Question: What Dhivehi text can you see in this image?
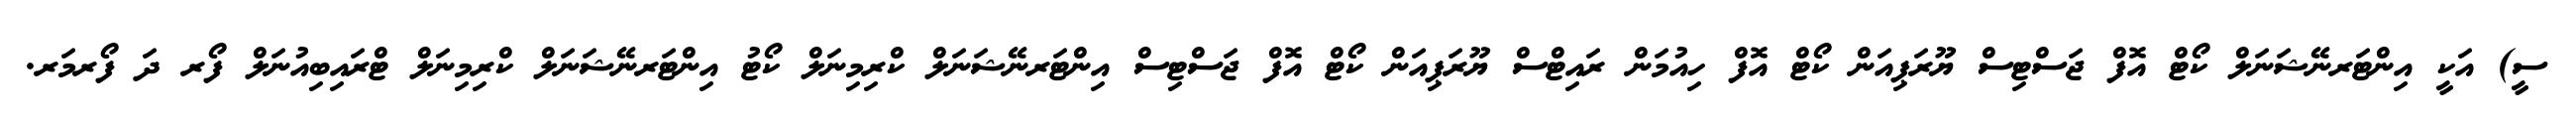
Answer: ސީ) އަކީ އިންޓަރނޭޝަނަލް ކޯޓް އޮފް ޖަސްޓިސް ޔޫރަޕިއަން ކޯޓް އޮފް ހިއުމަން ރައިޓްސް ޔޫރަޕިއަން ކޯޓް އޮފް ޖަސްޓިސް އިންޓަރނޭޝަނަލް ކްރިމިނަލް ކޯޓު އިންޓަރނޭޝަނަލް ކްރިމިނަލް ޓްރައިބިއުނަލް ފޯރ ދަ ފޯރމަރ.